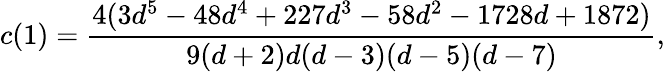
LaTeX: c(1)=\frac{4(3d^{5}-48d^{4}+227d^{3}-58d^{2}-1728d+1872)}{9(d+2)d(d-3)(d-5)(d-7)},